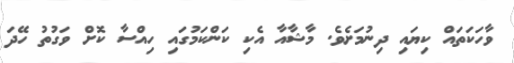
ވާހަކަތައް ކިޔައި ދިނުމަށެވެ. މާޝާއާ އެކި ކަންކަމުގައި ހިއްސާ ކޮށް ވަގުތު ހޭދަ